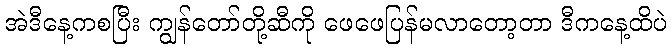
အဲဒီနေ့ကစပြီး ကျွန်တော်တို့ဆီကို ဖေဖေပြန်မလာတော့တာ ဒီကနေ့ထိပဲ